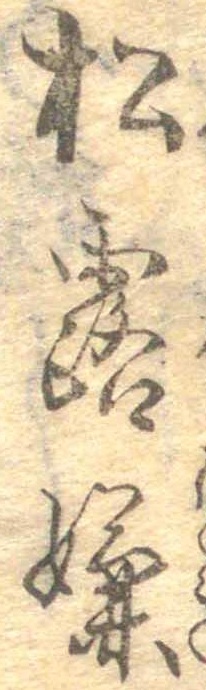
松露嫌